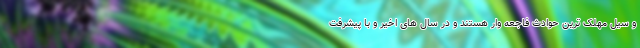
و سیل مهلک ترین حوادث فاجعه وار هستند و در سال های اخیر و با پیشرفت